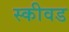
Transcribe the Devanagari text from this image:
स्कीवड